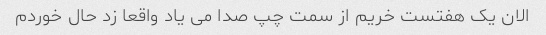
الان یک هفتست خریم از سمت چپ صدا می یاد واقعا زد حال خوردم